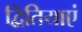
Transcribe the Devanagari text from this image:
द्वितियाएं